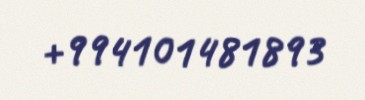
+994101481893